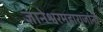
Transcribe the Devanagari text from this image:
ज्ञानेश्वरमहाराजांनी